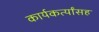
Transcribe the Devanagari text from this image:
कार्यकर्त्यांसह